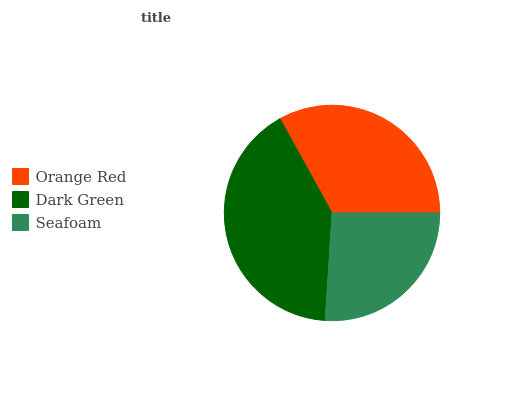
| Orange Red | Dark Green | Seafoam |
 | --- | --- | --- |
 | 33% | 41% | 26% |